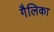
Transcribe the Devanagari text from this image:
गैलिका